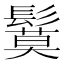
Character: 鬕